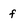
Character: f